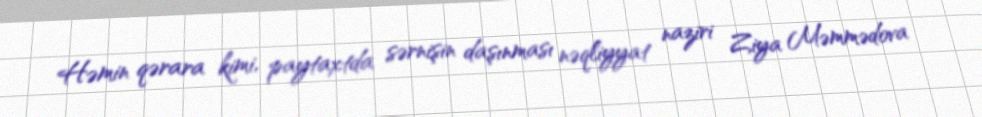
Həmin qərara kimi, paytaxtda sərnişin daşınması nəqliyyat naziri Ziya Məmmədova